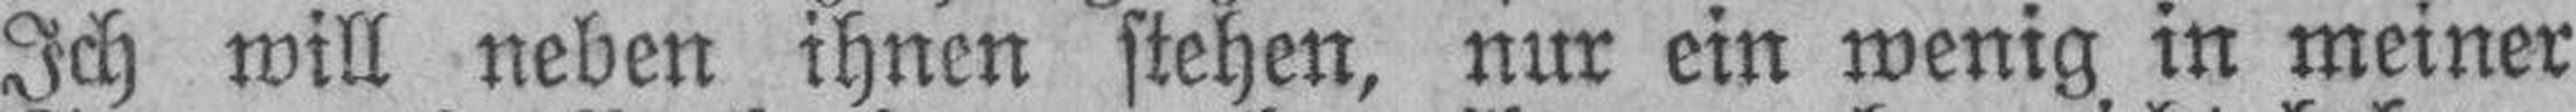
Ich will neben ihnen stehen, nur ein wenig in meiner